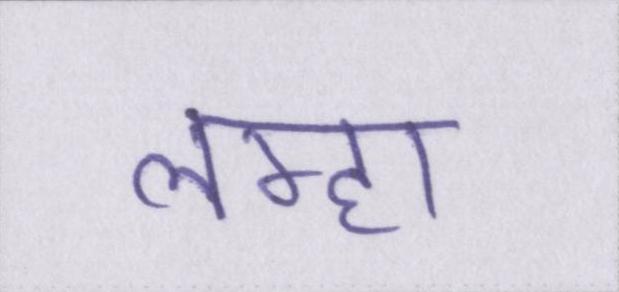
लम्हा